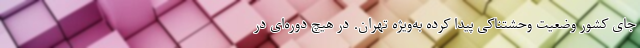
جای کشور وضعیت وحشتناکی پیدا کرده به‌ویژه تهران. در هیچ دوره‌ای در